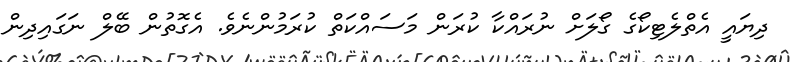
ދިޔައީ އެތްލެޓިކޯގެ ގޯލަށް ނުރައްކާ ކުރަން މަސައްކަތް ކުރަމުންނެވެ. އެގޮތުން ބޭލް ނަގައިދިން